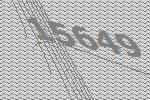
15649